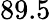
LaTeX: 89.5